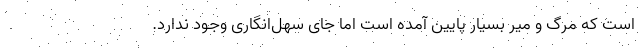
است که مرگ و میر بسیار پایین آمده است اما جای سهل‌انگاری وجود ندارد.